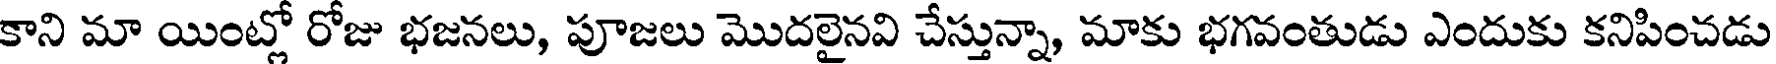
కాని మా యింట్లో రోజు భజనలు, పూజలు మొదలైనవి చేస్తున్నా, మాకు భగవంతుడు ఎందుకు కనిపించడు